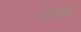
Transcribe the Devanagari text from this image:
प्रष्टव्य